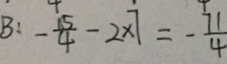
B : - \frac { 1 5 } { 4 } - 2 \times 7 = - \frac { 7 1 } { 4 }